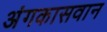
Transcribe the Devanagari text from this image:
अंगकासवान